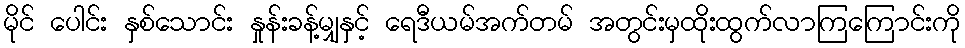
မိုင် ပေါင်း နှစ်သောင်း နှုန်းခန့်မျှနှင့် ရေဒီယမ်အက်တမ် အတွင်းမှထိုးထွက်လာကြကြောင်းကို